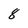
Character: 8